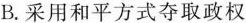
B.采用和平方式夺取政权